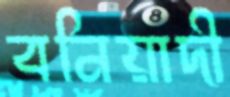
বনিয়াদী